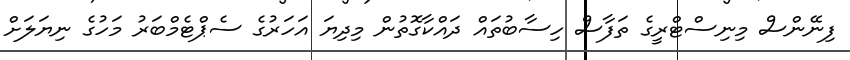
ފިނޭންސް މިނިސްޓްރީގެ ތަފާސް ހިސާބުތައް ދައްކާގޮތުން މިދިޔަ އަހަރުގެ ސެޕްޓެމްބަރު މަހުގެ ނިޔަލަށް